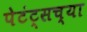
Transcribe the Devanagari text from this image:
पेटंट्सच्या